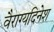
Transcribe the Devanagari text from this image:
वैराग्यदिनेश